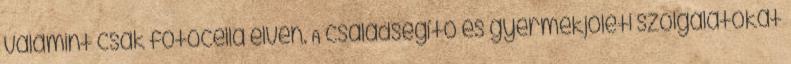
valamint csak fotocella elven. A családsegítő és gyermekjóléti szolgálatokat